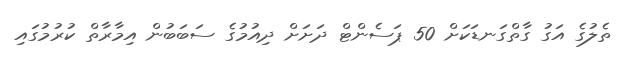
ތެލުގެ އަގު ގާތްގަނޑަކަށް 50 ޕަސެންޓް ދަށަށް ދިއުމުގެ ސަބަބުން އިމާރާތް ކުރުމުގައި